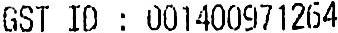
GST ID : 001400971264